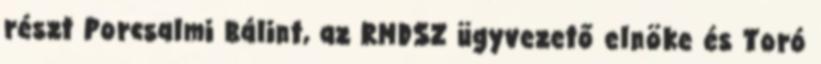
részt Porcsalmi Bálint, az RMDSZ ügyvezető elnöke és Toró